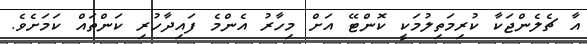
އާ ޗެލެންޖަކާ ކުރިމަތިލުމަކީ ކޮންޓޭ އަށް މިހާރު އެންމެ ފައިދާހުރި ކަންތައް ކަމަށެވެ.